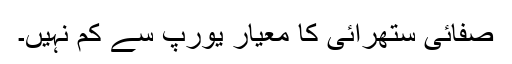
صفائی ستھرائی کا معیار یورپ سے کم نہیں۔